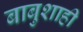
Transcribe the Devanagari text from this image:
बाबुशाही